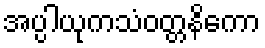
အပ္ပါယုကသံဝတ္တနိကော